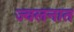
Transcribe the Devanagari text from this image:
ज्वलनात